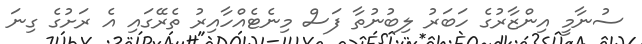
ސުނާމީ އިންޒާރުގެ ހަބަރު ލިބުނުތާ ފަސް މިނެޓެއްހާއިރު ތެރޭގައި އެ ރަށުގެ ގިނަ